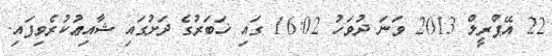
22 އޭޕްރީލް 2013 ވަނަ ދުވަހު 16:02 ގައި ޚަބަރުގެ ދަށުގައި ޝާއިޢުކުރެވިފައި.